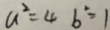
a ^ { 2 } = 4 b ^ { 2 } = 1